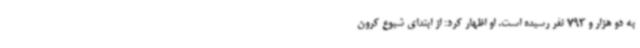
به دو هزار و 793 نفر رسیده است. او اظهار کرد: از ابتدای شیوع کرون